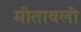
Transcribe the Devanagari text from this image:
मीतावली